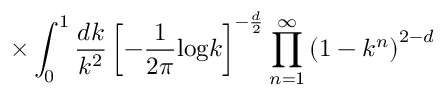
\times \int _ { 0 } ^ { 1 } \frac { d k } { k ^ { 2 } } \left[ - \frac { 1 } { 2 \pi } \mathrm { l o g } k \right] ^ { - \frac { d } { 2 } } \prod _ { n = 1 } ^ { \infty } \left( 1 - k ^ { n } \right) ^ { 2 - d }